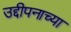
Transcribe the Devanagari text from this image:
उद्दीपनाच्या